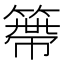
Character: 𥲭